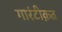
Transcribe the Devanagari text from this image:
गारंटीक़त